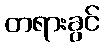
တရားခွင်